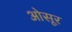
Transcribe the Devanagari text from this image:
ओसूर